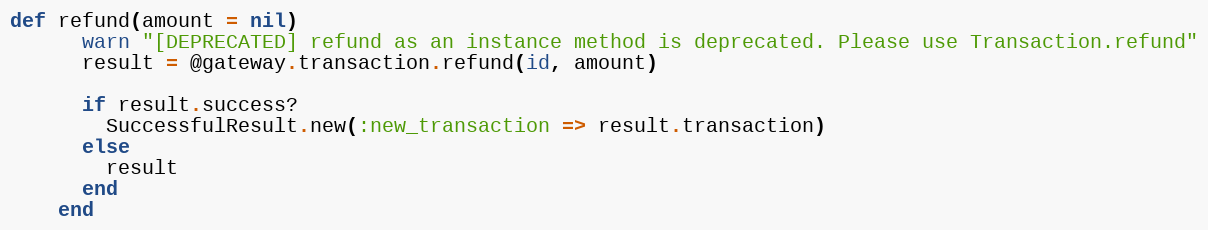
Language: Ruby
def refund(amount = nil)
      warn "[DEPRECATED] refund as an instance method is deprecated. Please use Transaction.refund"
      result = @gateway.transaction.refund(id, amount)

      if result.success?
        SuccessfulResult.new(:new_transaction => result.transaction)
      else
        result
      end
    end